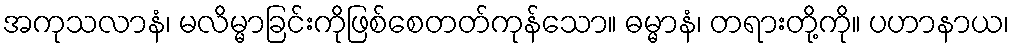
အကုသလာနံ၊ မလိမ္မာခြင်းကိုဖြစ်စေတတ်ကုန်သော။ ဓမ္မာနံ၊ တရားတို့ကို။ ပဟာနာယ၊